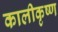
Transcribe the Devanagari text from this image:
कालीकृष्ण